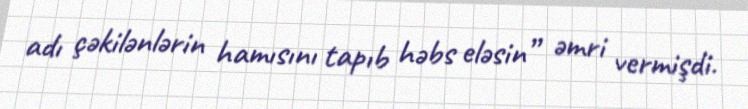
adı çəkilənlərin hamısını tapıb həbs eləsin” əmri vermişdi.